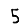
Digit: 5